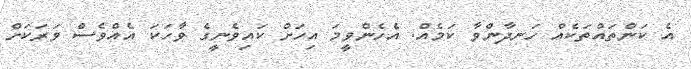
އެ ކަންތައްތަކެއް ހަނދާންވާ ކަމެއް. އެހެންވީމަ އިހަށް ކައިވެނީގެ ވާހަކަ އެއްވެސް ވަރަކަށް